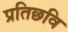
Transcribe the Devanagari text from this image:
प्रतिछवि